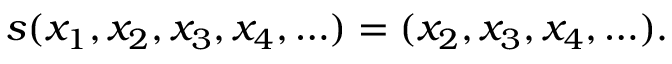
s ( x _ { 1 } , x _ { 2 } , x _ { 3 } , x _ { 4 } , \ldots ) = ( x _ { 2 } , x _ { 3 } , x _ { 4 } , \ldots ) { \mathrm { . } }